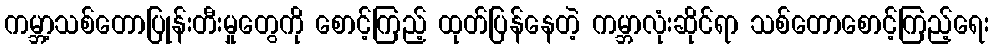
ကမ္ဘာ့သစ်တောပြုန်းတီးမှုတွေကို စောင့်ကြည့် ထုတ်ပြန်နေတဲ့ ကမ္ဘာလုံးဆိုင်ရာ သစ်တောစောင့်ကြည့်ရေး